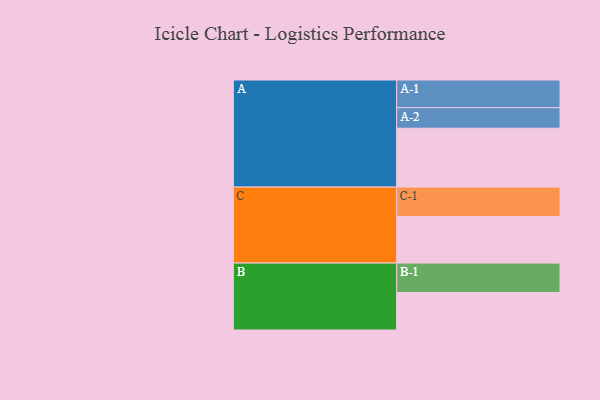
{"axis": {"x": "Segment", "y": "Value"}, "legend": ["", "A", "B", "C"], "data": [{"x": "A", "y": 564, "type": ""}, {"x": "B", "y": 359, "type": ""}, {"x": "C", "y": 447, "type": ""}, {"x": "A-1", "y": 265, "type": "A"}, {"x": "A-2", "y": 197, "type": "A"}, {"x": "B-1", "y": 282, "type": "B"}, {"x": "C-1", "y": 281, "type": "C"}]}